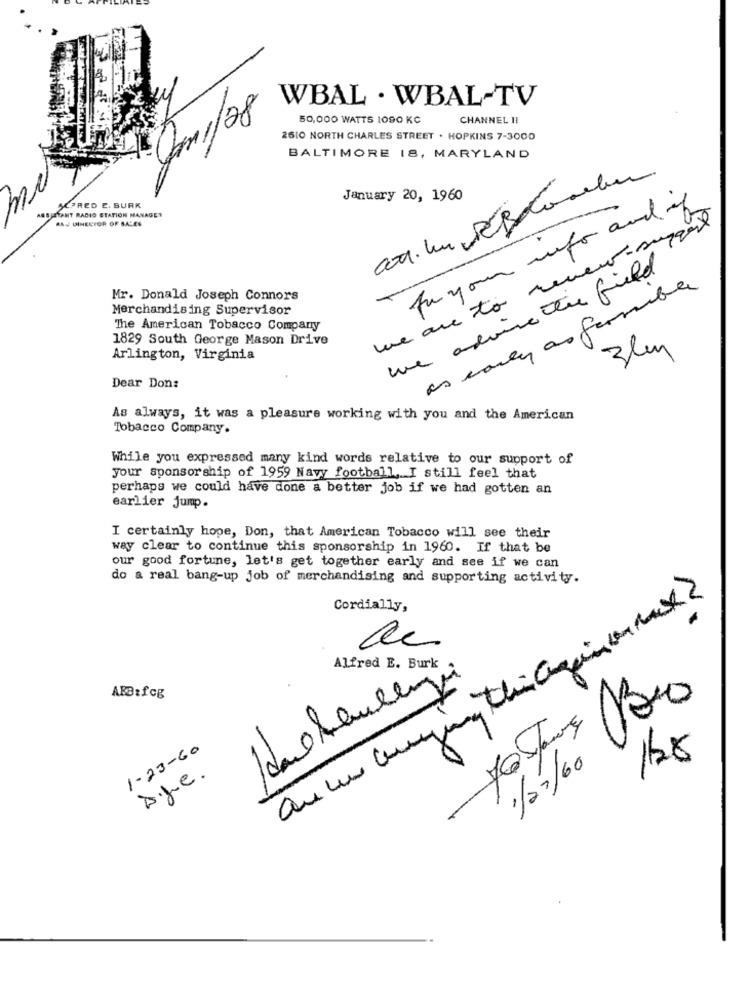
WBAL . WBAL-TV
50,000 WATTS 1090 KC
CHANNEL I!
2610 NORTH CHARLES STREET . HOPKINS 7-3000
BALTIMORE 18, MARYLAND
January 20, 1960
SPRED E. BURK
for your info and of
OJETANT RADIO STATION MANAGER
RAJ DINECTOR OF SALES
we are to renew-support
we advise the field
as conly as formule
Mr. Donald Joseph Connors
Merchandising Supervisor
The American Tobacco Company
1829 South George Mason Drive
3
25
Arlington, Virginia
Dear Don:
As always, it was a pleasure working with you and the American
Tobacco Company.
While you expressed many kind words relative to our support of
your sponsorship of 1959 Nawy football, I still feel that
perhaps we could have done a better job if we had gotten an
earlier jump.
I certainly hope, Don, that American Tobacco will see their
way clear to continue this sponsorship in 1960. If that be
our good fortune, let's get together early and see if we can
do a real bang-up job of merchandising and supporting activity.
Cordially,
de
Alfred E. Burk .
ABB:fcg
80
1-23-60
16.8
1/27/60
Dige.